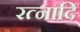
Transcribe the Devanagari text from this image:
रत्नादि